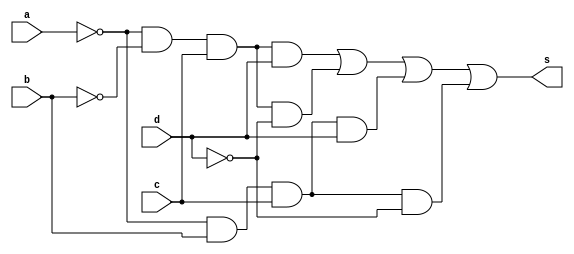
// ------------------------- 
// Correo da prova 
// Nome: Camila Guedes Silveira 
// ------------------------- 

module questaoF (output s, input a, input b, input c, input d);
	wire c1, c2, c3, c4, c5, c6;
	
	// -- and AND1(c1,~a, ~b, ~c, d);
	and AND2(c2, ~a, ~b, c, d);
	and AND3(c3, ~a, ~b, c, ~d);
	and AND4(c4, ~a, b, c, d);
	and AND5(c5, ~a, b, c, ~d);
	// -- and AND6(c6, a, ~b, c, d);
	
	or OR1(s, c2, c3, c4, c5);
	
endmodule // questaoF

module Teste;

	reg a;
	reg b;
	reg c;
	reg d;
	wire s;

	questaoF Teste (s,a,b,c,d);

	initial begin
		 a=0; b=0; c=0; d=0;
	end

	initial begin

		#1 $display ("Camila Guedes Silveira - 427393 ");
		#1 $display ("Questo F");
		#1 $display (" a | b | c | d | s0 ");
		$monitor   (" %b | %b | %b | %b |  %b ", a,b,c,d,s);
		   
    #1  a=0; b=0; c=0; d=1;
    #1  a=0; b=0; c=1; d=0; 
    #1  a=0; b=0; c=1; d=1; 
    #1  a=0; b=1; c=0; d=0; 
    #1  a=0; b=1; c=0; d=1; 
    #1  a=0; b=1; c=1; d=0; 
    #1  a=0; b=1; c=1; d=1; 
    #1  a=1; b=0; c=0; d=0; 
    #1  a=1; b=0; c=0; d=1;
    #1  a=1; b=0; c=1; d=0;
    #1  a=1; b=0; c=1; d=1;
    #1  a=1; b=1; c=0; d=0;
    #1  a=1; b=1; c=0; d=1;
    #1  a=1; b=1; c=1; d=0;
    #1  a=1; b=1; c=1; d=1; 
   
		#1 $display("Resp: a' * c");


	end	
	endmodule